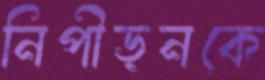
নিপীড়নকে